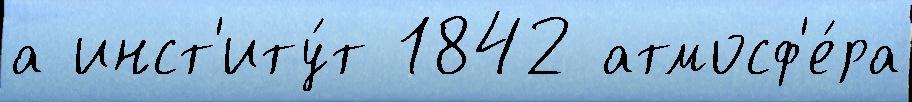
а инст'иту́т 1842 атмосф'е́ра